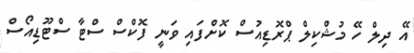
އޭ ދިލް ހޭ މުޝްކިލް ޕްރޮޑިއުސް ކޮށްފައި ވަނީ ފޮކްސް ސްޓާ ސްޓޫޑިއޯސް